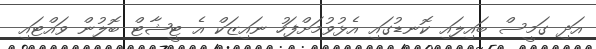
އަދި ގަމީސް ބައިލައި ކޮނޑުގައި އެޅުވުމަށްފަހު ނައިޒަކް އެ ޓީޝާޓް ބޮލުން ވައްޓައި